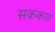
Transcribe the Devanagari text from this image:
सककार